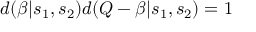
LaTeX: d ( \beta | s _ { 1 } , s _ { 2 } ) d ( Q - \beta | s _ { 1 } , s _ { 2 } ) = 1